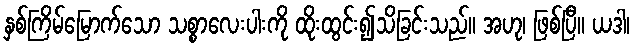
နှစ်ကြိမ်မြောက်သော သစ္စာလေးပါးကို ထိုးထွင်း၍သိခြင်းသည်။ အဟု၊ ဖြစ်ပြီ။ ယဒါ၊